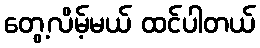
တွေ့လိမ့်မယ် ထင်ပါတယ်